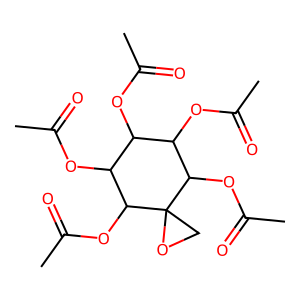
SMILES: CC(=O)OC1C(OC(C)=O)C(OC(C)=O)C2(CO2)C(OC(C)=O)C1OC(C)=O
Inhibits HIV replication: No